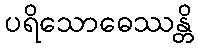
ပရိသောဓေဿန္တိ